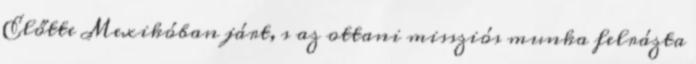
Előtte Mexikóban járt, s az ottani missziós munka felrázta